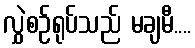
လွှဲစဉ်ရုပ်သည် မချမီ....